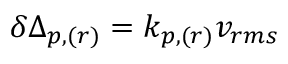
\delta \Delta _ { p , ( r ) } = k _ { p , ( r ) } v _ { r m s }